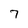
Character: 7